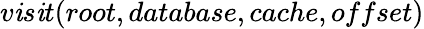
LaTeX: v\mathit{i}s\mathit{i}t(root,database,cache,offset)